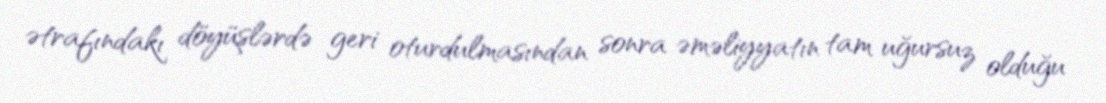
ətrafındakı döyüşlərdə geri oturdulmasından sonra əməliyyatın tam uğursuz olduğu